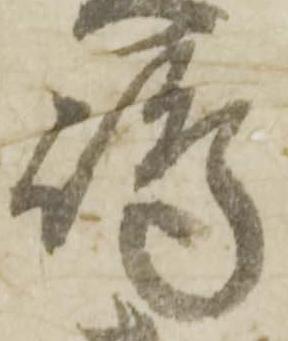
嶋